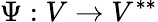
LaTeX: \Psi:V\to V^{**}